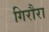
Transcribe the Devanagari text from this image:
गिरौरा